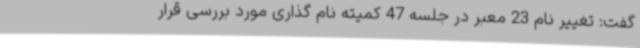
گفت: تغییر نام 23 معبر در جلسه 47 کمیته نام گذاری مورد بررسی قرار